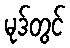
မုဒ်တွင်